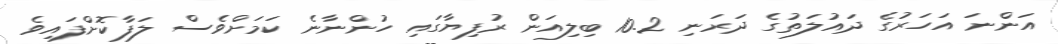
އަންނަ އަހަރުގެ ދައުލަތުގެ ދަރަނި 10.2 ބިލިއަން ރުފިޔާގައި ހުންނާނެ ކަމަށްވެސް ލަފާކޮށްފައިވެ